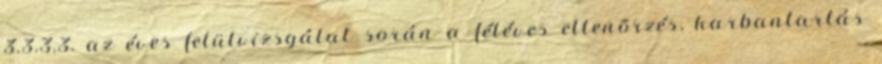
3.3.3.3. az éves felülvizsgálat során a féléves ellenõrzés, karbantartás